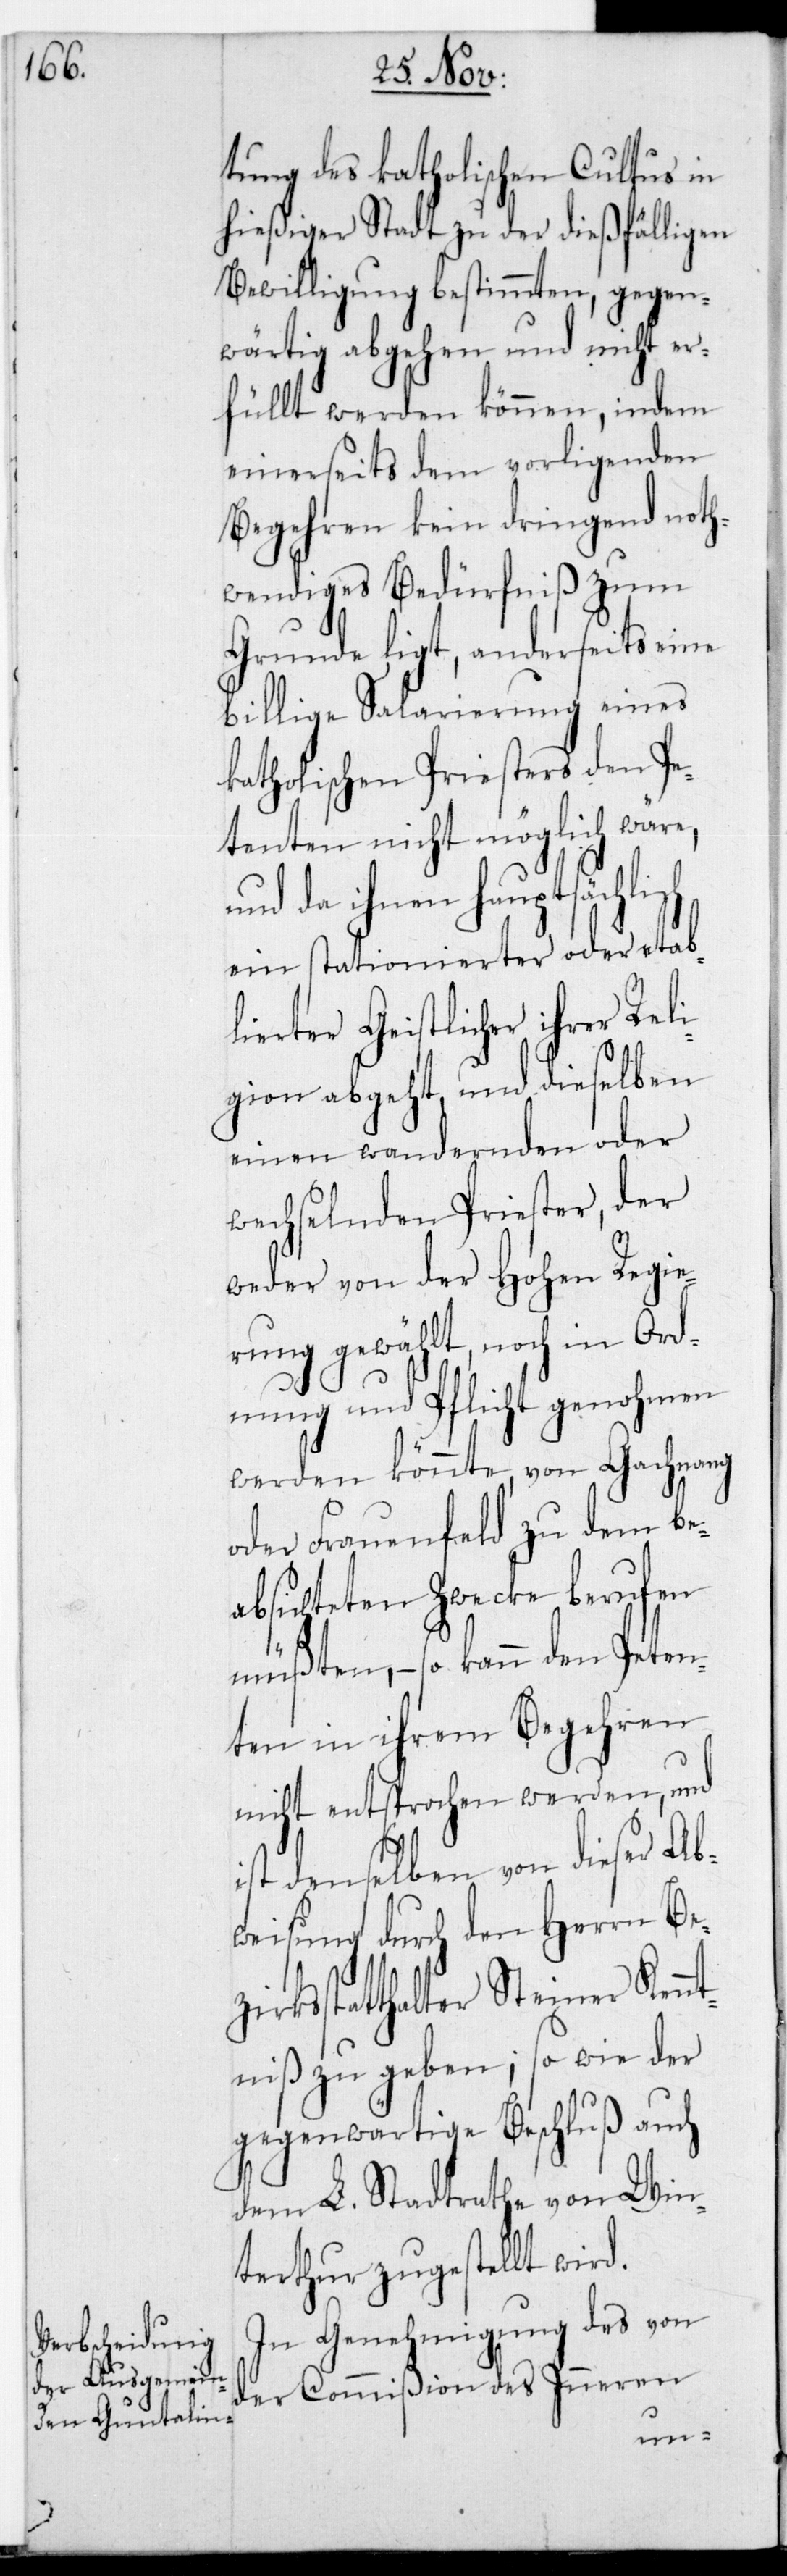
tung des katholischen Cultus in
hießiger Stadt zu der dießfälligen
Bewilligung bestimmten, gegen¬
wärtig abgehen und nicht er¬
füllt werden können, indem
einerseits dem vorliegenden
Begehren kein dringend noth¬
wendiges Bedürfniß zum
Grunde ligt, anderseits eine
billige Salarierung eines
katholischen Priesters den Pe¬
tenten nicht möglich wäre,
und da ihnen hauptsächlich
ein stationierter oder etab¬
lierter Geistlicher ihrer Reli¬
gion abgeht, und dieselben
einen wandernden oder
wechselnden Priester, der
weder von der Hohen Regie¬
rung gewählt, noch in Ord¬
nung und Pflicht genohmen
werden könnte, von Gachnang
oder Frauenfeld zu dem be¬
absichteten Zwecke berufen
müßten, – so kann den Peten¬
ten in ihrem Begehren
nicht entsprochen werden, und
ist denselben von dieser Ab¬
weisung durch den Herrn Be¬
zirksstatthalter Steiner Kenn¬
tniß zu geben; so wie der
gegenwärtige Beschluß auch
dem L. Stadtrathe von Win¬
terthur zugestellt wird.
In Genehmigung des von
der Commißion des Inneren